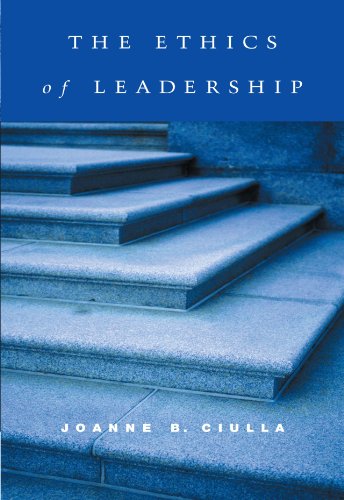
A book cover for The Ethics of Leadership; Joanne B. Ciulla; Politics & Social Sciences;